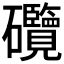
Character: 𥗽